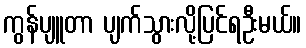
ကွန်ပျူတာ ပျက်သွားလို့ပြင်ရဦးမယ်။